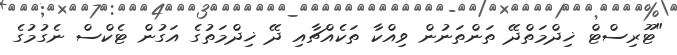
"ޓޫރިސްޓް ޚިދްމަތްދޭ ތަންތަނުން ވިއްކާ ތަކެއްޗާއި ދޭ ޚިދްމަތުގެ އަގުން ޓެކްސް ނެގުމުގެ